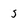
Character: 5